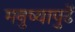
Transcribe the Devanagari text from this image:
मनुष्यापुढें